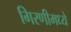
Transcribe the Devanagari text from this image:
गिरणीमध्ये